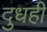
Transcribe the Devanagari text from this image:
दुधही